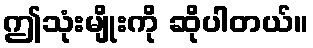
ဤသုံးမျိုးကို ဆိုပါတယ်။